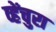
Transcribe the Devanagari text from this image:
व्हेंचुरा